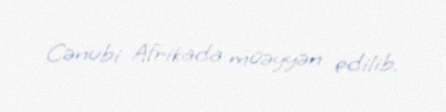
Cənubi Afrikada müəyyən edilib.